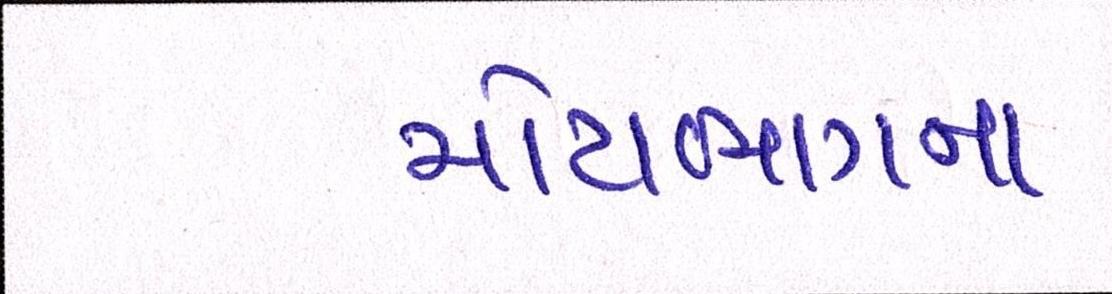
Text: મોટાભાગનાં